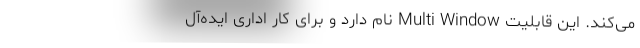
می‌کند. این قابلیت Multi Window نام دارد و برای کار اداری ایده‌آل